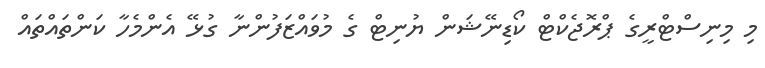
މި މިނިސްޓްރީގެ ޕްރޮޖެކްޓް ކޯޑިނޭޝަން ޔުނިޓް ގެ މުވައްޒަފުންނާ ގުޅޭ އެންމެހާ ކަންތައްތައް